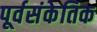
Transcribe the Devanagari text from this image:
पूर्वसंकेतिक